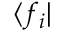
\langle f _ { i } |